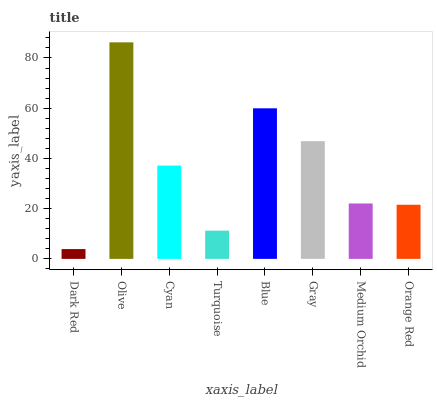
| xaxis_label | bars |
 | --- | --- |
 | Dark Red | 3.9 |
 | Olive | 86.2 |
 | Cyan | 37.2 |
 | Turquoise | 11.2 |
 | Blue | 60 |
 | Gray | 46.9 |
 | Medium Orchid | 22.1 |
 | Orange Red | 21.5 |